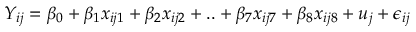
Y _ { i j } = \beta _ { 0 } + \beta _ { 1 } x _ { i j 1 } + \beta _ { 2 } x _ { i j 2 } + . . + \beta _ { 7 } x _ { i j 7 } + \beta _ { 8 } x _ { i j 8 } + u _ { j } + \epsilon _ { i j }